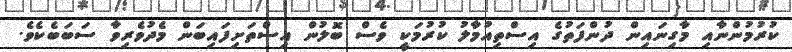
ކުރުމުންނާއި މާގިނައިން ދުންފަތުގެ އިސްތިއުމާލު ކުރުމަކީ ވެސް ބޮލުން އިސްތަށިފައިބަން މެދުވެރިވާ ސަބަބެކެވެ.